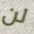
لن